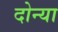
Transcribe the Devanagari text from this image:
दोन्या